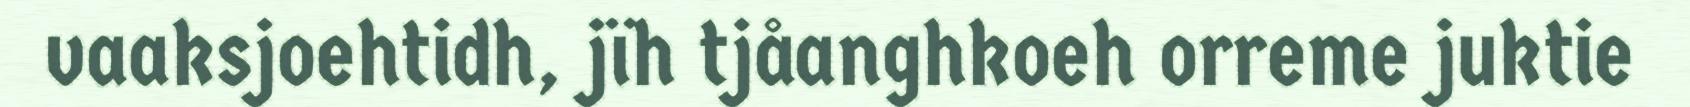
vaaksjoehtidh, jïh tjåanghkoeh orreme juktie